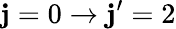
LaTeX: \mathbf{j}=0\rightarrow\mathbf{j}^{\prime}=2